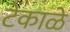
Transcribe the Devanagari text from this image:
टेकाळे